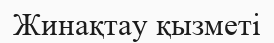
Жинақтау қызметі